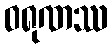
ဝရုဏဿ